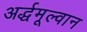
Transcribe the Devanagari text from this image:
अर्द्धमूल्वान